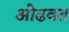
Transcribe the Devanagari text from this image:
ओढवत